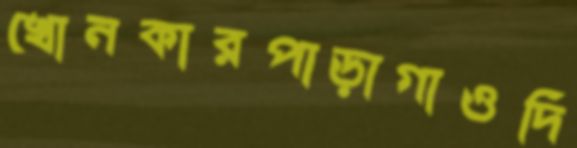
খোনকারপাড়াগাওদি